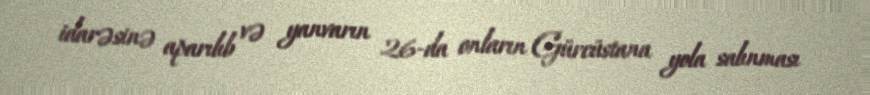
idarəsinə aparılıb və yanvarın 26-da onların Gürcüstana yola salınması